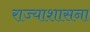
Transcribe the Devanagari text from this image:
राज्याशासना